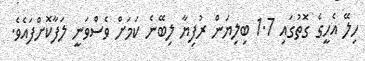
ހިލޭ އެހީގެ ގޮތުގައި 1.7 ބިލިޔަން ރުފިޔާ ލިބޭނެ ކަމަށް ވެސްވަނީ ލަފާކޮށްފައެވެ.